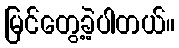
မြင်တွေ့ခဲ့ပါတယ်။